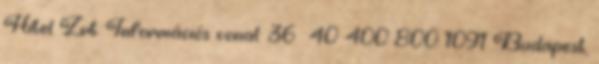
Hitel Zrt. Információs vonal: 36 40 400 800 1091 Budapest,